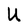
Character: U